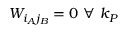
W _ { i _ { A } j _ { B } } = 0 ~ \forall ~ k _ { P }